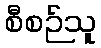
စီစဉ်သူ